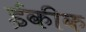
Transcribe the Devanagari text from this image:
ईकीक